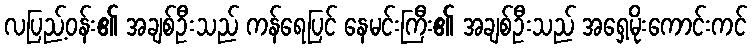
လပြည့်ဝန်း၏ အချစ်ဦးသည် ကန်ရေပြင် နေမင်းကြီး၏ အချစ်ဦးသည် အရှေ့မိုးကောင်းကင်